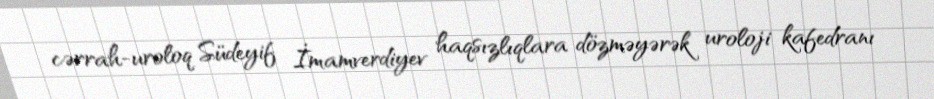
cərrah-uroloq Südeyif İmamverdiyev haqsızlıqlara dözməyərək uroloji kafedranı